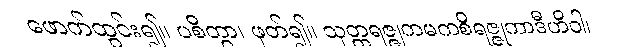
ဖောက်ထွင်း၍။ ပစိတွာ၊ ဖုတ်၍။ သုတ္တရဇ္ဇုကမကစိရဇ္ဇုကာဒီဟိဝါ၊